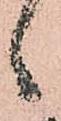
候